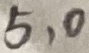
Text: 5,0